Lunatic asylums in Bengal annual reports 1888-1898 - 1888-1898
Year: 1888
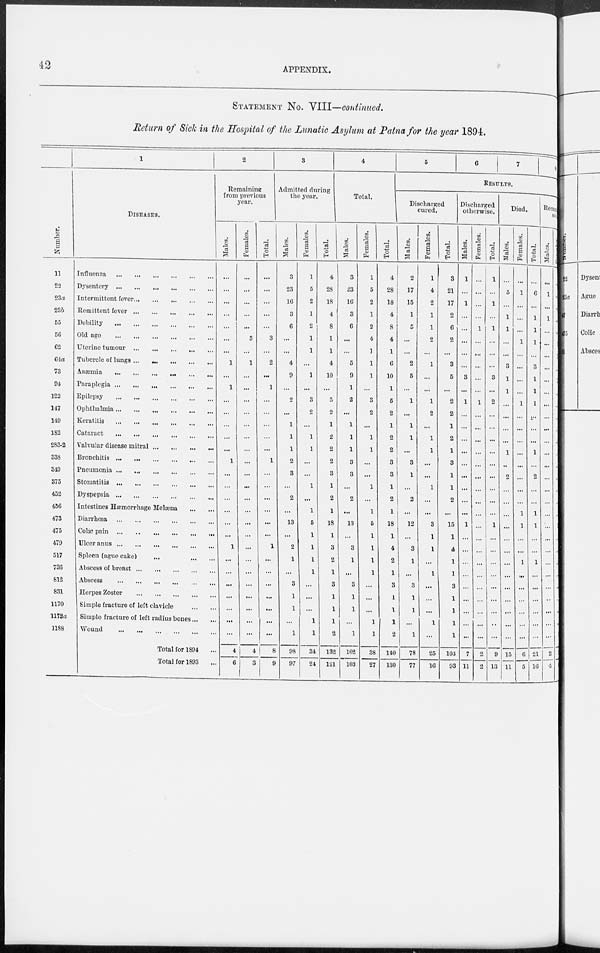
42
APPENDIX.
STATEMENT NO. VIII—continued.
Return of Sick in the Hospital of the Lunatic Asylum at Patna for the year 1894.
Number.
11
22
23a
23b
55
56
62
64a
73
91
122
147
149
182
283-2
338
340
375
452
456
473
475
479
517
736
812
831
1170
1173a
1188
1
DISEASES.
Influenza ... ... ... ... ... ...
Dysentery
...
...
...
...
...
...
Intermittent fever
...
...
...
...
...
Remittent fever
...
...
...
...
...
Debility
...
...
...
...
...
...
Old age
...
...
...
...
...
...
Uterine tumour
...
...
...
...
...
Tubercle of lungs
...
...
...
...
...
Anæmia
...
...
...
...
...
Paraplegia
...
...
...
...
...
...
Epilepsy
...
...
...
...
...
...
Ophthalmia
...
...
...
...
...
...
Keratitis
...
...
...
...
...
...
Cataract
...
...
...
...
...
...
Valvular disease mitral
...
...
...
...
Bronchitis
...
...
...
...
...
...
Pneumonia
...
...
...
...
...
...
Stomatitis
...
...
...
...
...
...
Dyspepsia
...
...
...
...
...
...
Intestines Hæmorrhage Melæna ... ...
Diarrhœa
...
...
...
...
...
...
Colic pain
...
...
...
...
...
...
Ulcer anus
...
...
...
...
...
...
Spleen (ague cake)
...
...
...
Abscess of breast
...
...
...
...
...
Abscess
...
...
...
...
...
...
Herpes Zoster
...
...
...
...
...
Simple fracture of left clavicle ... ...
Simple fracture of left radius bones ... ...
Wound
...
...
...
...
...
...
Total for 1894 ...
Total for 1893 ...
2
Remaining
from previous
year.
Males.
...
...
...
...
...
...
...
1
...
1
...
...
...
...
...
1
...
...
...
...
...
...
1
...
...
...
...
...
...
...
4
6
Females.
...
...
...
...
...
3
...
1
...
...
...
...
...
...
...
...
...
...
...
...
...
...
...
...
...
...
...
...
...
...
4
3
Total.
...
...
...
...
...
3
...
2
...
1
...
...
...
...
...
1
...
...
...
...
...
...
1
...
...
...
...
...
...
...
8
9
3
Admitted during
the year.
Males.
3
23
16
3
6
...
...
4
9
...
2
...
1
1
1
2
3
...
2
...
13
...
2
1
...
3
1
1
...
1
98
97
Females.
1
5
2
1
2
1
1
...
1
...
3
2
...
1
1
...
...
1
...
1
5
1
1
1
1
...
...
...
1
1
34
24
Total.
4
28
18
4
8
1
1
4
10
...
5
2
1
2
2
2
3
1
2
1
18
1
3
2
1
3
1
1
1
2
132
121
4
Total.
Males.
3
23
16
3
6
...
...
5
9
1
2
...
1
1
1
3
3
...
2
...
13
...
3
1
...
3
1
1
...
1
102
103
Females.
1
5
2
1
2
4
1
1
1
...
3
2
...
1
1
...
...
1
...
1
...
...
...
1
1
..
..
...
...
1
38
27
Total.
4
28
18
4
8
4
1
6
10
1
5
2
1
2
2
3
3
1
2
1
5
1
1
2
1
3
1
1
1
1
140
130
5
6
7
8
RESULTS.
Discharged
cured.
Males.
2
17
15
1
5
...
...
2
5
...
1
...
1
1
...
3
1
...
2
...
18
1
4
1
...
3
1
1
1
2
78
77
Females.
1
4
2
1
1
2
...
1
...
...
1
2
...
1
1
...
...
1
...
...
12
...
3
...
1
...
...
...
...
1
25
16
Total.
3
21
17
2
6
2
...
3
5
...
2
2
1
2
1
3
1
1
2
...
8
1
1
1
1
3
1
1
1
...
103
93
Discharged
otherwise.
Males.
1
...
1
...
...
...
...
...
3
...
1
...
...
...
...
...
...
...
...
...
15
1
4
...
...
...
...
...
...
1
7
11
Females.
...
...
...
...
1
...
...
...
...
...
1
...
...
...
...
...
...
...
...
...
1
...
...
...
...
...
...
...
...
...
2
2
Total.
1
...
1
...
1
...
...
...
3
...
2
...
...
...
...
...
...
...
...
...
...
...
...
...
...
...
...
...
...
...
9
13
Died.
Males.
...
5
...
1
1
...
...
3
1
1
...
...
...
...
1
...
2
...
...
...
1
...
...
...
...
...
...
...
...
...
15
11
Females.
...
1
...
...
...
1
...
...
...
...
1
...
...
...
...
...
...
...
...
1
...
...
...
...
...
...
...
...
...
...
6
5
Total.
...
6
...
1
1
1
...
3
1
1
1
...
...
...
1
...
2
...
...
...
1
...
...
1
...
...
...
...
...
...
21
16
Remaining
sick
Males.
...
1
...
1
...
...
...
...
1
1
...
...
...
...
...
...
...
...
...
1
1
...
...
1
...
...
...
...
...
...
2
4
Females.
...
...
...
...
...
...
...
...
...
...
...
...
...
...
...
...
...
...
...
...
...
...
...
...
...
...
...
...
...
...
...
...